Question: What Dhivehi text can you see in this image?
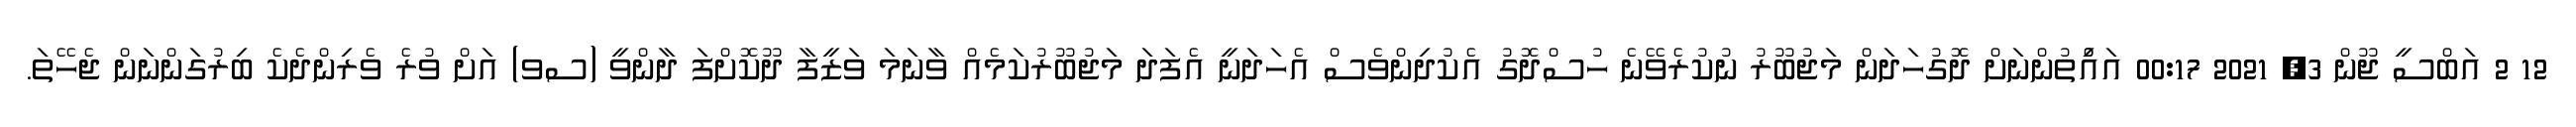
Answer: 12 2 އަބްސީ ޖޫން 3, 2021 00:17 އައްުިތުންނަށް ދޮގުހަދަން މަޖުބޫރު ނުކުރެވޭނެ ހުސްދޮގު އެކުދިންވެސް އެހަދަނީ އެފަދަ މަޖުބޫރުކަމެއް ވާނަމަ ވަޒީފާ ދޫކޮށްފަ ދާންވީ (ސވ) އަށް ވުރެ ވެރިންދެކެ ބިރުގަންނަން ޖެހޭތަ.